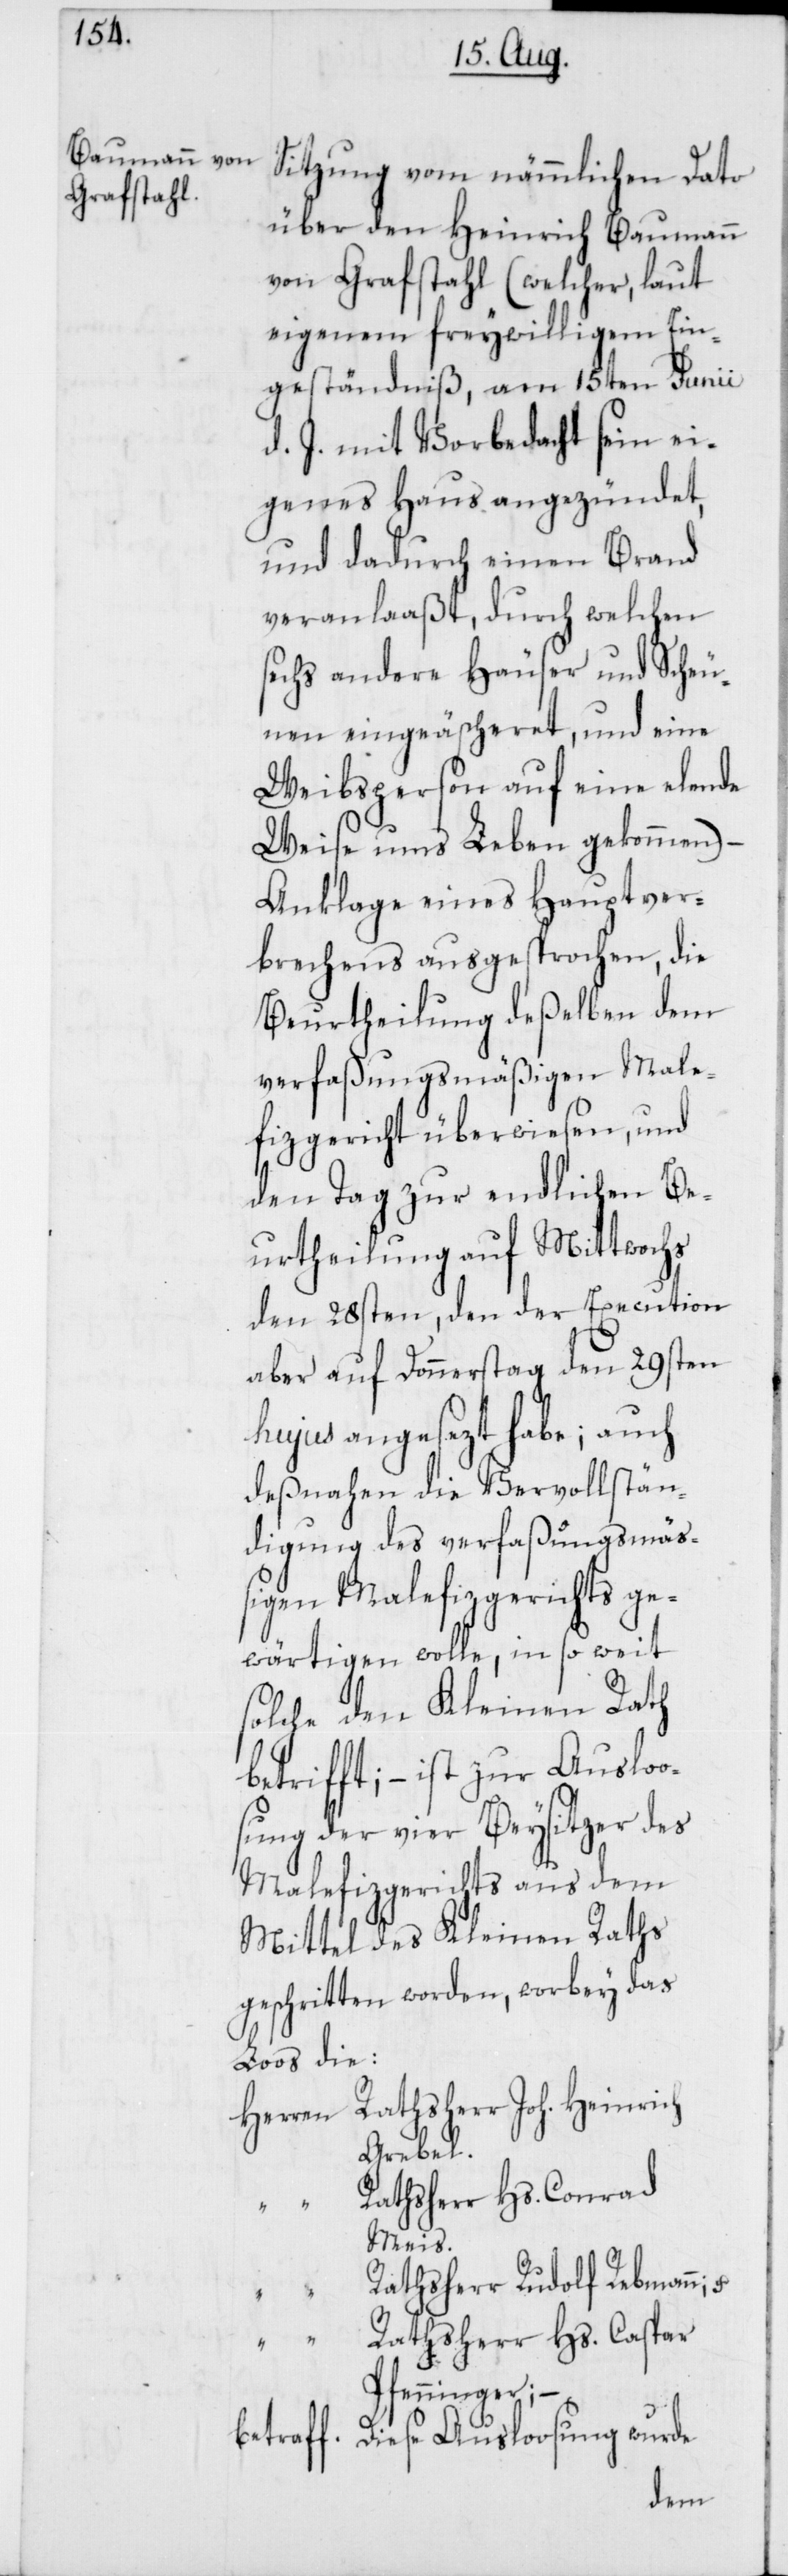
Sitzung vom nämmlichen Dato
über den Heinrich Baumann
von Grafstahl (welcher, laut
eigenem freywilligen Ein¬
geständniß, am 15ten Junii
d. J. mit Vorbedacht sein ei¬
genes Haus angezündet,
und dadurch einen Brand
veranlaßt, durch welchen
sechs andere Häuser und Scheu¬
nen eingeäscheret, und eine
Weibsperson auf eine elende
Weise ums Leben gekommen) –
Anklage enes Hauptver¬
brechens ausgesprochen, die
Beurtheilung deßelben dem
verfaßungsmäßigen Male¬
fizgericht überwiesen, und
den Tag zur endlichen Be¬
urtheilung auf Mittwochs
den 28sten, den der Execution
aber auf Donnerstag den 29sten
hujus angesezt habe; auch
desnahen die Vervollstän¬
digung des verfaßungsmäß¬
igen Malefizgerichts ge¬
wärtigen wolle, in so weit
solche den Kleinen Rath
betrifft; – ist zur Ausloo¬
sung der vier Beysitzer des
Malefizgerichts aus dem
Mittel des Kleinen Raths
geschritten worden, wobey das
Loos die:
Herren Rathsherr Joh. Heinrich
Grebel;
Rathsherr Hs. Conrad
Meis;
Rathsherr Rudolf Rebmann;
Rathsherr Hs. Caspar
Pfenninger; –
betraff. Diese Ausloosung wurde